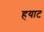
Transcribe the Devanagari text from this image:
हयाट